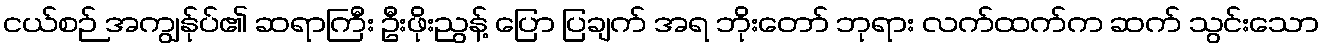
ငယ်စဉ် အကျွန်ုပ်၏ ဆရာကြီး ဦးဖိုးညွန့် ပြော ပြချက် အရ ဘိုးတော် ဘုရား လက်ထက်က ဆက် သွင်းသော